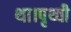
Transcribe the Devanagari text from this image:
था।पृथ्वी